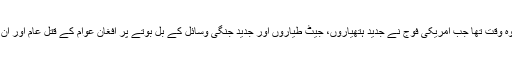
امریکی جارحیت کا یہ وہ وقت تھا جب امریکی فوج نے جدید ہتھیاروں، جیٹ طیاروں اور جدید جنگی وسائل کے بل بوتے پر افغان عوام کے قتلِ عام اور ان پر تشدد کا آغاز کیا تھا۔